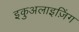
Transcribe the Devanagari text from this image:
इकुअलाइज़िंग